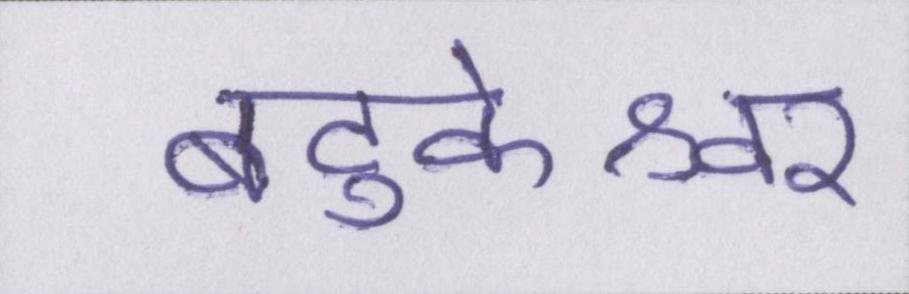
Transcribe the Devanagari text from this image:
बटुकेश्वर